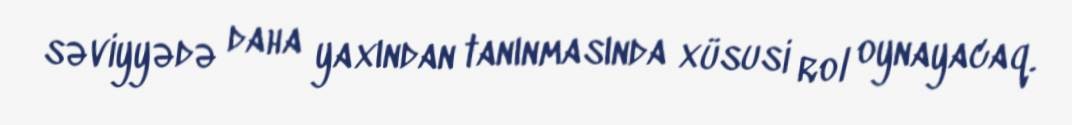
səviyyədə daha yaxından tanınmasında xüsusi rol oynayacaq.